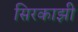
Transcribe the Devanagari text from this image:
सिरकाझी